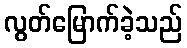
လွတ်မြောက်ခဲ့သည်